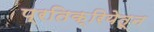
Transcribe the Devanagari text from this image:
प्रतिक्रियेतून